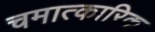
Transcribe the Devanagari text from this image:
चमात्कारिक